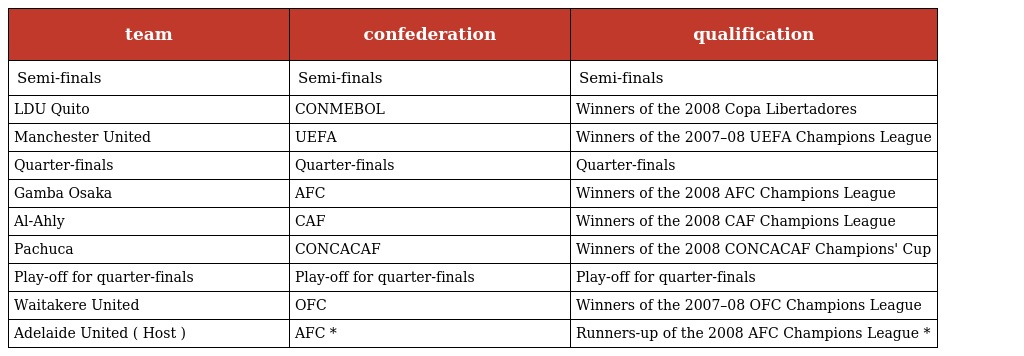
| team | confederation | qualification |
 | --- | --- | --- |
 | Semi-finals | Semi-finals | Semi-finals |
 | LDU Quito | CONMEBOL | Winners of the 2008 Copa Libertadores |
 | Manchester United | UEFA | Winners of the 2007–08 UEFA Champions League |
 | Quarter-finals | Quarter-finals | Quarter-finals |
 | Gamba Osaka | AFC | Winners of the 2008 AFC Champions League |
 | Al-Ahly | CAF | Winners of the 2008 CAF Champions League |
 | Pachuca | CONCACAF | Winners of the 2008 CONCACAF Champions' Cup |
 | Play-off for quarter-finals | Play-off for quarter-finals | Play-off for quarter-finals |
 | Waitakere United | OFC | Winners of the 2007–08 OFC Champions League |
 | Adelaide United ( Host ) | AFC * | Runners-up of the 2008 AFC Champions League * |